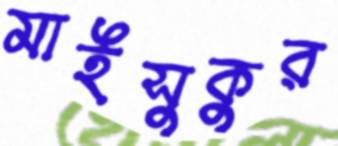
মাইসুকুর